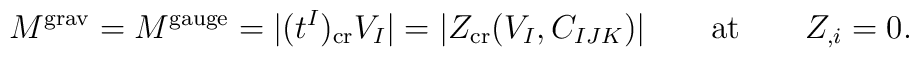
M^{\rm grav}  = M^{\rm gauge} =|(t^I )_{\rm cr} V_I |=  |Z_{\rm cr}  (V_I,C_{IJK})| \qquad  {\rm at} \qquad  Z_{,i}=0.